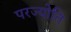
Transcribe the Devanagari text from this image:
परज्योति